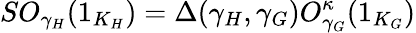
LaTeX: SO_{\gamma_{H}}(1_{K_{H}})=\Delta(\gamma_{H},\gamma_{G})O_{\gamma_{G}}^{\kappa}(1_{K_{G}})